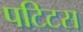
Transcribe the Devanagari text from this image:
पटिटस